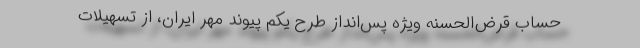
حساب قرض‌الحسنه ويژه پس‌انداز طرح يکم پيوند مهر ايران، از تسهيلات